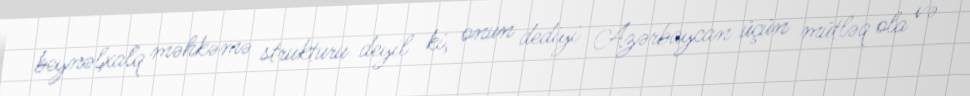
beynəlxalq məhkəmə strukturu deyil ki, onun dediyi Azərbaycan üçün mütləq ola və